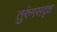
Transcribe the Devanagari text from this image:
तुरुंगसदृश